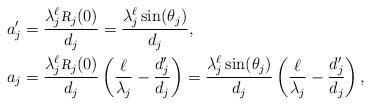
LaTeX: \begin{align*} a_j' &= \frac{\lambda_j^\ell {\textsl{\footnotesize R}}_j(0)}{d_j} = \frac{\lambda_j^\ell \sin(\theta_j)}{d_j}, \\ a_j &= \frac{\lambda_j^\ell {\textsl{\footnotesize R}}_j(0)}{d_j}\left(\frac{\ell}{\lambda_j} - \frac{d_j'}{d_j}\right) = \frac{\lambda_j^\ell\sin(\theta_j)}{d_j}\left(\frac{\ell}{\lambda_j} - \frac{d_j'}{d_j}\right),\end{align*}